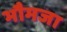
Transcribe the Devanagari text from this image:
भौमजा